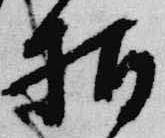
柏